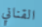
القناني